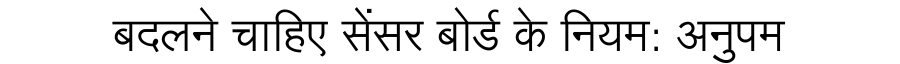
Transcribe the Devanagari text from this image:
बदलने चाहिए सेंसर बोर्ड के नियम: अनुपम